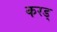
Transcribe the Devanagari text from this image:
करड्